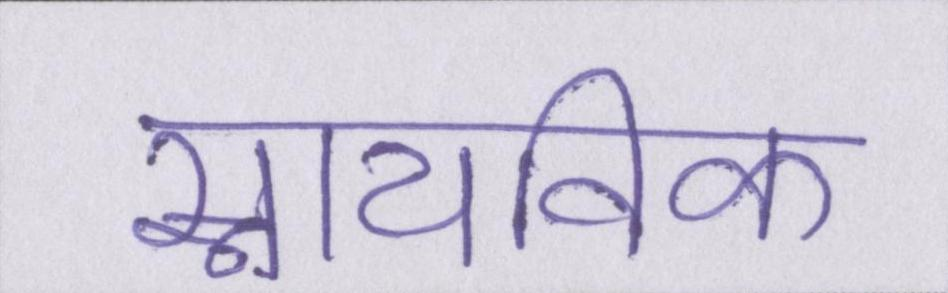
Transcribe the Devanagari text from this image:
स्नायविक